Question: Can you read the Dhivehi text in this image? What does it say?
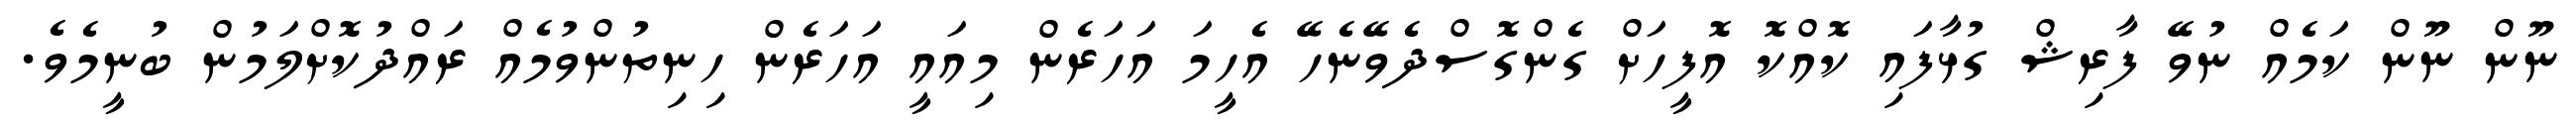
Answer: ނޫން ނޫން ކަމެއް ނުވޭ ފާރިޝް ގުޅާފައި ކޮއްކޮ އޮފީހަށް ގެންގޮސްދެވޭނެހޭ އެހީމަ އަހަރެން މިއައީ އަހަރެން ހިނިތުންވުމެއް ރައްދުކޮށްލަމުން ބުނީމެވެ.